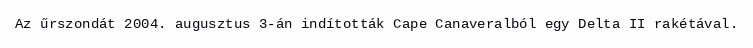
Az űrszondát 2004. augusztus 3-án indították Cape Canaveralból egy Delta II rakétával.